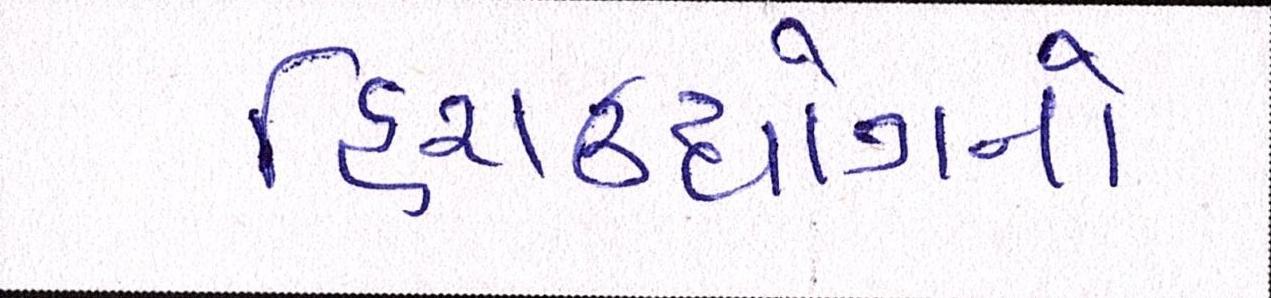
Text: હિરાઉદ્યોગનો